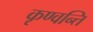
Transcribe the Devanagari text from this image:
कृण्वन्ति